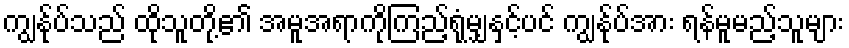
ကျွန်ုပ်သည် ထိုသူတို့၏ အမူအရာကိုကြည့်ရုံမျှနှင့်ပင် ကျွန်ုပ်အား ရန်မူမည့်သူများ